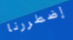
إضطررنا